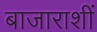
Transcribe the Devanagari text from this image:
बाजाराशीं